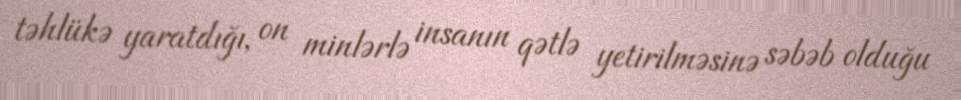
təhlükə yaratdığı, on minlərlə insanın qətlə yetirilməsinə səbəb olduğu